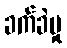
ခက်ခဲမှု